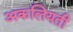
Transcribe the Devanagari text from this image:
अकलियती